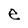
Character: e